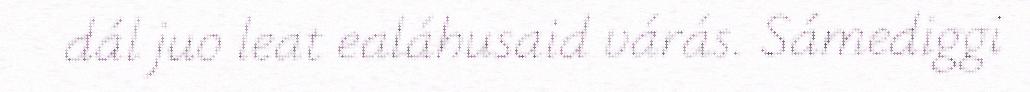
dál juo leat ealáhusaid várás. Sámediggi